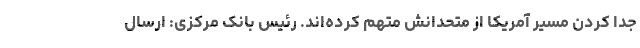
جدا کردن مسیر آمریکا از متحدانش متهم کرده‌اند. رئیس بانک مرکزی: ارسال